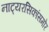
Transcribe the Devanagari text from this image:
नाट्यरसिकांसमोर